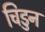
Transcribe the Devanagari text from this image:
चिडुन